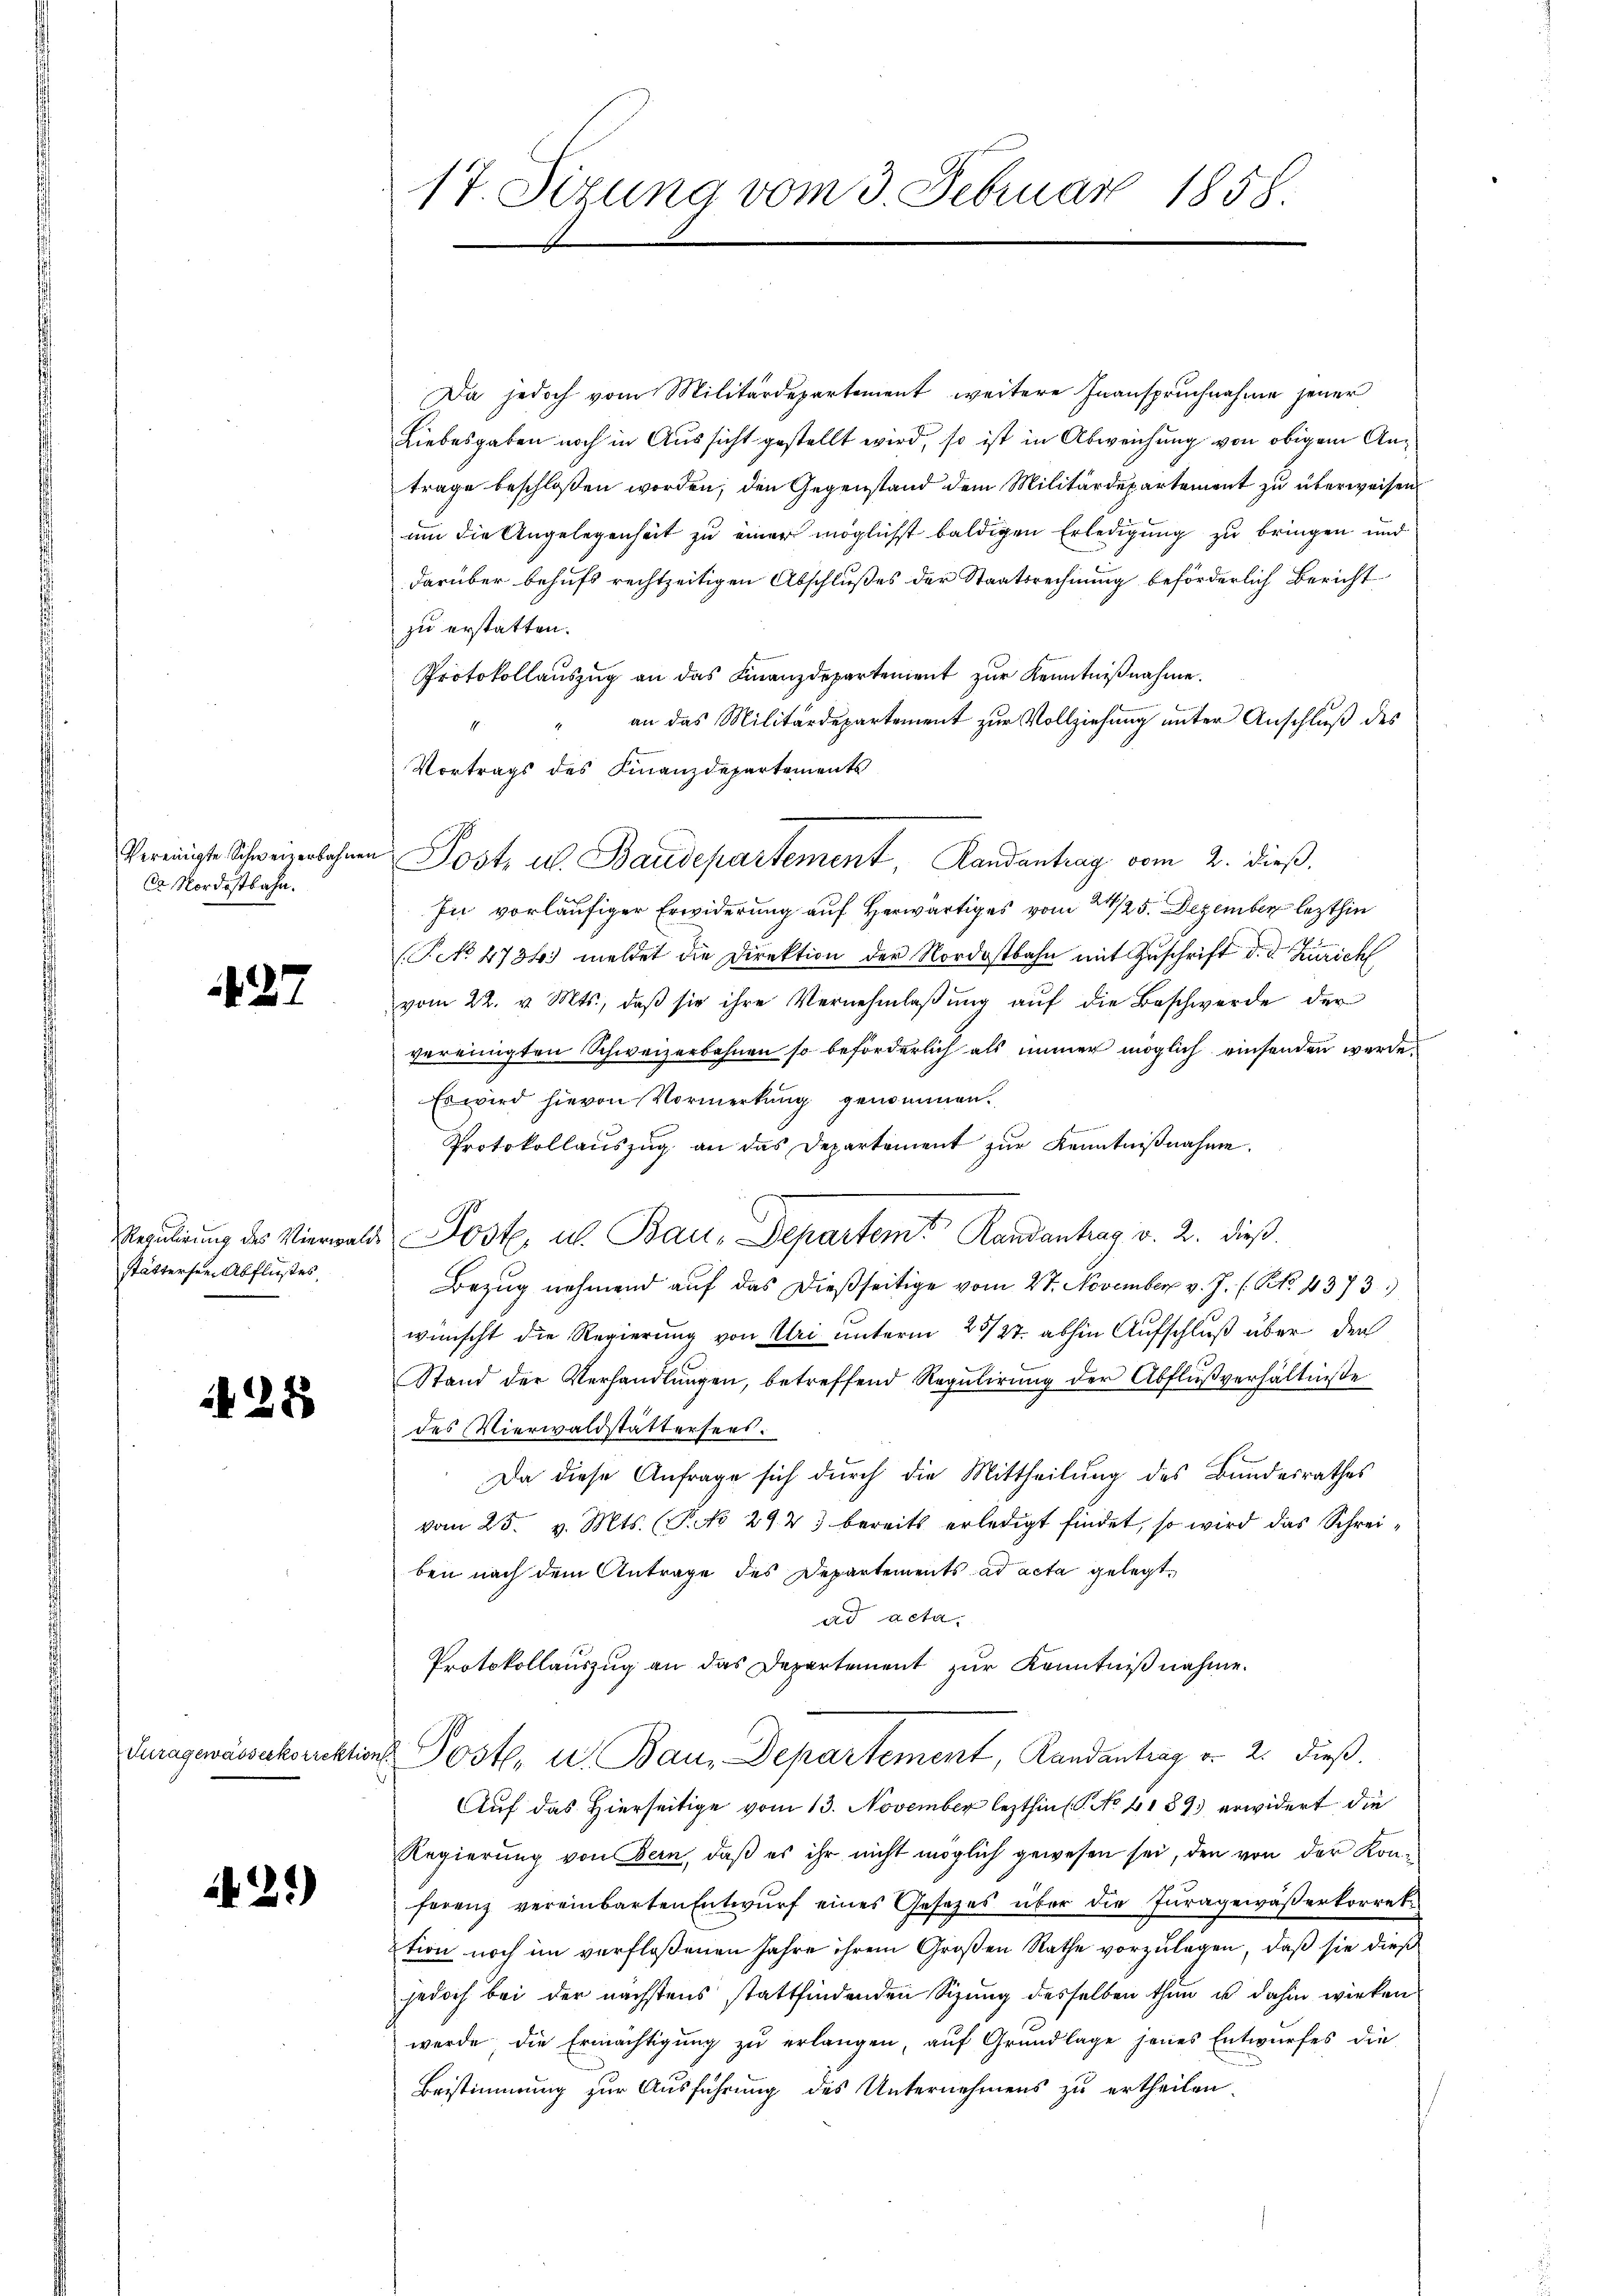
Cr Nordostbahn.

27

stätterste Abflußes,

28

1425)

17. Sizung vom 3. Februar 1858.

Da jedoch vom Militärdepartement weitere Inanspruchnahme jener
Liebesgaben noch in Aussicht gestellt wird, so ist in Abweichung von obigem Antrage beschloßen worden; den Gegenstand dem Militärdepartement zu überweisen
um die Angelegenheit zu einer möglichst baldigen Erledigung zu bringen und
darüber behufs rechtzeitigen Abschlußes der Staatsrechnung beförderlich Bericht
zu erstatten.
Protokollaŭszŭg an das Finanzdepartement zŭr Kenntniβnahme.
an das Militärdepartement zur Vollziehung unter Anschluß des
1
Vortrags des Finanzdepartements
In vorläufiger Erwiderung auf Herwärtiges vom 21/25. Dezember lezthin
(Prk. 4736. meldet die Direktion der Nordostbahn mit Zuschrift d. d. Zürich
vom 22. v. Mts., daβ sie ihre Vernehmlaβŭng aŭf die Beschwerde der
vereinigten Schweizerbahnen so beförderlich als immer möglich einsenden werde.
Es wird hievon Vormerkung genommen.
Protokollauszug an das Departement zur Kenntnißnahme.
Regulirung des Vierwalde Post u. Bau-Departem Randantrag v. 2. dieβ.
Bezug nehmend auf das dießseitige vom 27. November v. J. ( NNo. 4373)
wünscht die Regierung von Uri unterm 23/27. abhin Aufschluß über den
Stand der Verhandlŭngen, betreffend Regŭlirŭng der Abflŭβverhältnisse
des Vierwaldstättersees.
Da diese Anfrage sich durch die Mittheilung des Bundesrathes
vom 25. v. Mts. (Pk 29. 23 bereits erledigt findet, so wird das Schreiben nach dem Antrage des Departements ad acta gelegt,
ad acta.
Protokollauszug an das Departement zur Kenntnißnahme.
duragewassekorektions Poster u. Bau, Departement, Randantrag v. 2. dieß.
Auf das Hierseitige vom 13. November lezthin. No 1189 erwidert die
Regierung von Bern, daß es ihr nicht möglich gewesen sei, den von der Konferenz vereinbarten Entwurf eines Gesetzes über die Juragewaßerkorrete
tion noch im verfloßenen Jahre ihrem Großen Rathe vorzulagen, daß sie dieß
jedoch bei der nächstens stattfindenden Sizung desselben thun u. dahin wirken
werde, die Ermächtigung zu erlangen, auf Grundlage jenes Entwurfes die
Bestimmung zur Ausführung des Unternehmens zu ertheilen.

Vereinigte Schweinerbahnen Post u. Baudepartement, Randantrag vom 2. dieß.